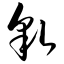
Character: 貌